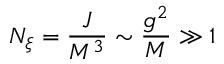
N _ { \xi } = { \frac { J } { M ^ { 3 } } } \sim { \frac { g ^ { 2 } } { M } } \gg 1